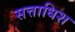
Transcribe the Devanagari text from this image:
सत्ताधिश